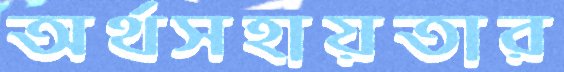
অর্থসহায়তার